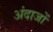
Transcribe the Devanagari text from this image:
अंदाजों